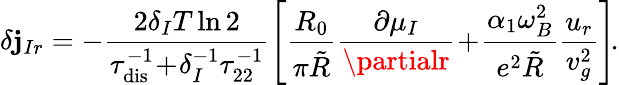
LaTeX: \delta\mathbf{j}_{Ir}=-\frac{{2\delta_{I}T\ln2}}{{\tau_{\mathrm{{dis}}}^{-1}\! +\! \delta_{I}^{-1}\tau_{22}^{-1}}}\left[\frac{{R_{0}}}{{\pi\tilde{{R}}}}\frac{{\partial\mu_{I}}}{{\partialr}}\! +\! \frac{{\alpha_{1}\omega_{B}^{2}}}{{e^{2}\tilde{{R}}}}\frac{{u_{r}}}{{v_{g}^{2}}}\right]\! .